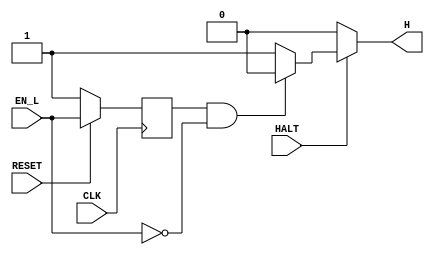
module halt(CLK,RESET, HALT,EN_L,H);
	input CLK;
	input HALT;
	input EN_L;
	output H;
	input RESET;
	
	reg prevEN_L;
	wire H;
	
	always@(posedge CLK) begin
		if(!RESET) begin
			prevEN_L=1'b1;
			//H=1'b0;
		end 
		
		else begin
			prevEN_L<=EN_L;
		end
	end
	
	//if H=1'b1 we are supposed to be halted  ,if halt =1 and EN_L=1 we halt, other
	
	assign H = (HALT) ? ((prevEN_L==1'b1 && EN_L==1'b0) ? 1'b0 : 1'b1):1'b0;
	
endmodule